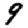
Digit: 9